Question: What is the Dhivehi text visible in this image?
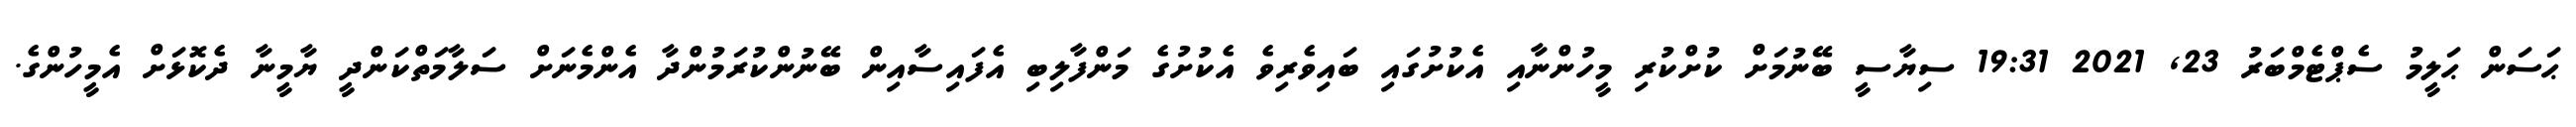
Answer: ޙަސަން ޙަލީމު ސެޕްޓެމްބަރު 23, 2021 19:31 ސިޔާސީ ބޭނުމަށް ކުށްކުރި މީހުންނާއި އެކުށުގައި ބައިވެރިވެ އެކުށުގެ މަންފާލިބި އެފައިސާއިން ބޭނުންކުރަމުންދާ އެންމެނަށް ސަލާމަތްކަންދީ ޔާމީނާ ދެކޮޅަށް އެމީހުންގެ.